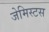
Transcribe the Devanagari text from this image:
जेमिस्टस